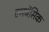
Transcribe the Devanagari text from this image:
एमबेसिक